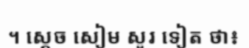
។ ស្តេច សៀម សួរ ទៀត ថា៖